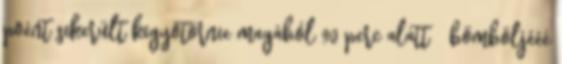
poént sikerült kigyötörnie magából 90 perc alatt bömböljééé